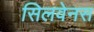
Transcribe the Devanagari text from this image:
सिलवेनस